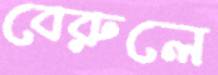
বেরুলে